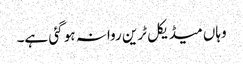
وہاں میڈیکل ٹرین روانہ ہو گئی ہے۔